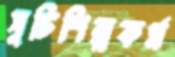
সুচিশিল্পকর্ম